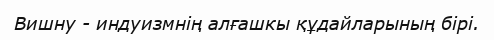
Вишну - индуизмнің алғашкы құдайларының бірі.